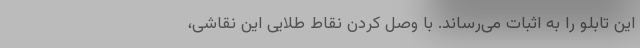
این تابلو را به اثبات می‌رساند. با وصل کردن نقاط طلایی این نقاشی،